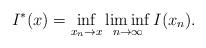
LaTeX: \begin{align*} I^{\ast}(x) = \inf_{x_n \to x } \liminf_{n \to \infty} I(x_n). \end{align*}